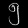
Digit: ၅